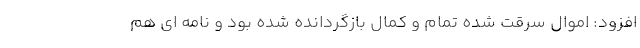
افزود: اموال سرقت شده تمام و کمال بازگردانده شده بود و نامه ای هم